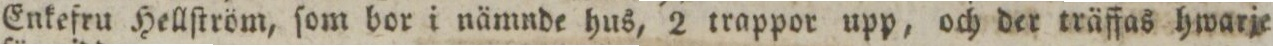
Enkefru Hellſtröm, ſom bor i nämnde hus, 2 trappor upp, och der träffas hwarje